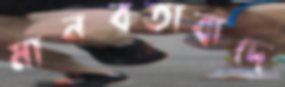
মানবতাবাদে